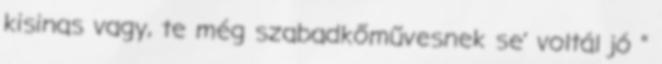
kisinas vagy, te még szabadkőművesnek se’ vol­tál jó ”